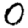
Digit: 0